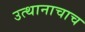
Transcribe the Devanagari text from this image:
उत्थानाचाच